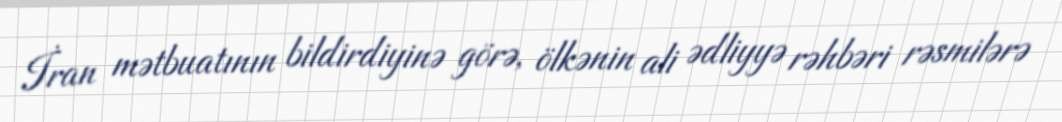
İran mətbuatının bildirdiyinə görə, ölkənin ali ədliyyə rəhbəri rəsmilərə